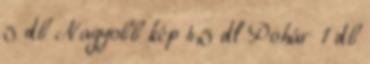
5 db Nagyobb kép 4,5 dl Pohár 1 db